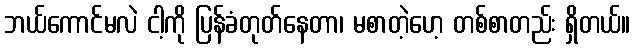
ဘယ်ကောင်မလဲ ငါ့ကို ပြန်ခံတုတ်နေတာ၊ မစာတဲ့ဟေ့ တစ်စာတည်း ရှိတယ်။